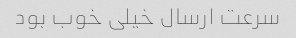
سرعت ارسال خیلی خوب بود